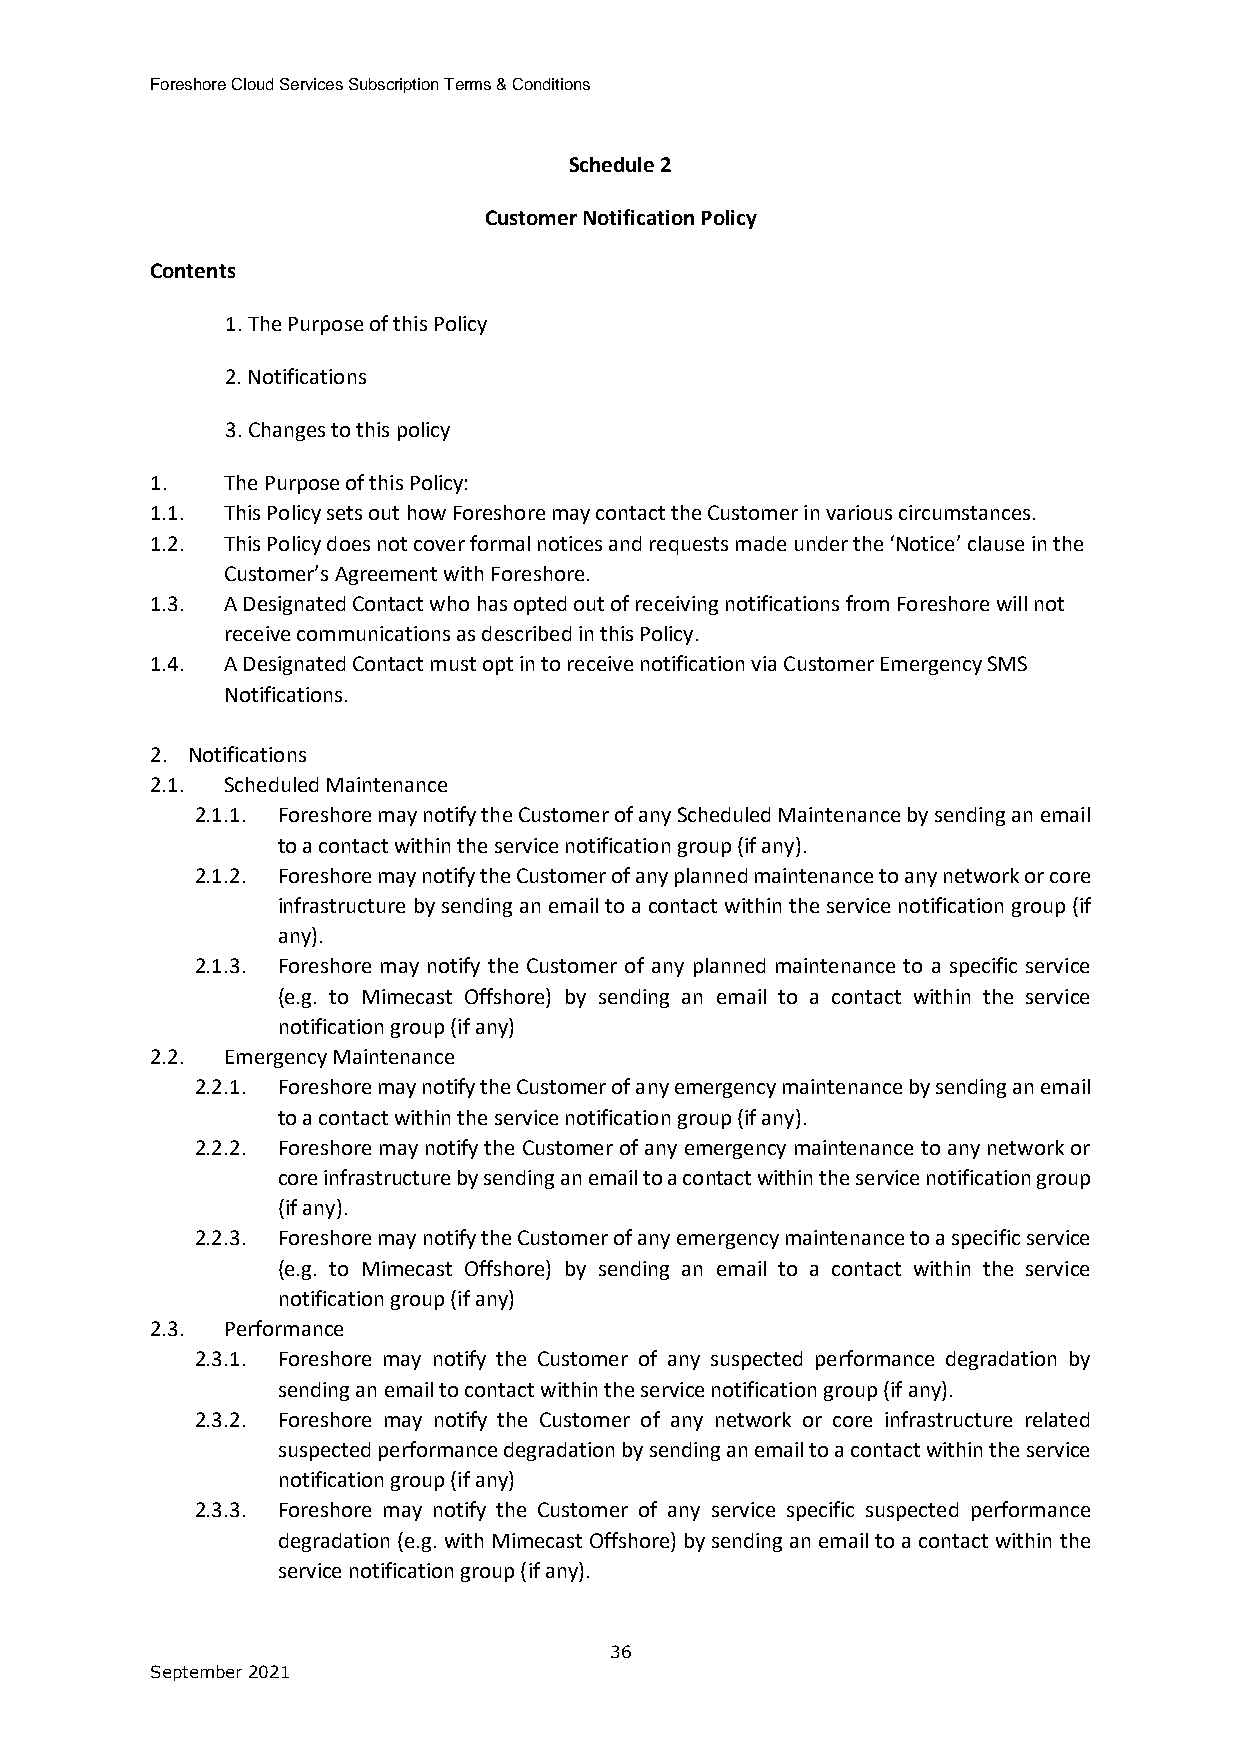
Foreshore Cloud Services Subscription Terms & Conditions
 Schedule 2
 Customer Notification Policy
 Contents
 1. The Purpose of this Policy
 2. Notifications
 3. Changes to this policy
 1.   The Purpose of this Policy:
 1.1. This Policy sets out how Foreshore may contact the Customer in various circumstances.
 1.2. This Policy does not cover formal notices and requests made under the ‘Notice’ clause in the
 Customer’s Agreement with Foreshore.
 1.3. A Designated Contact who has opted out of receiving notifications from Foreshore will not
 receive communications as described in this Policy.
 1.4. A Designated Contact must opt in to receive notification via Customer Emergency SMS
 Notifications.
 2. Notifications
 2.1. Scheduled Maintenance
 2.1.1. Foreshore may notify the Customer of any Scheduled Maintenance by sending an email
 to a contact within the service notification group (if any).
 2.1.2. Foreshore may notify the Customer of any planned maintenance to any network or core
 infrastructure by sending an email to a contact within the service notification group (if
 any).
 2.1.3. Foreshore may notify the Customer of any planned maintenance to a specific service
 (e.g. to Mimecast Offshore) by sending an email to a contact within the service
 notification group (if any)
 2.2. Emergency Maintenance
 2.2.1. Foreshore may notify the Customer of any emergency maintenance by sending an email
 to a contact within the service notification group (if any).
 2.2.2. Foreshore may notify the Customer of any emergency maintenance to any network or
 core infrastructure by sending an email to a contact within the service notification group
 (if any).
 2.2.3. Foreshore may notify the Customer of any emergency maintenance to a specific service
 (e.g. to Mimecast Offshore) by sending an email to a contact within the service
 notification group (if any)
 2.3. Performance
 2.3.1. Foreshore may notify the Customer of any suspected performance degradation by
 sending an email to contact within the service notification group (if any).
 2.3.2. Foreshore may notify the Customer of any network or core infrastructure related
 suspected performance degradation by sending an email to a contact within the service
 notification group (if any)
 2.3.3. Foreshore may notify the Customer of any service specific suspected performance
 degradation (e.g. with Mimecast Offshore) by sending an email to a contact within the
 service notification group (if any).
 36
 September 2021